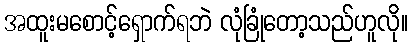
အထူးမစောင့်ရှောက်ရဘဲ လုံခြုံတော့သည်ဟူလို။